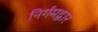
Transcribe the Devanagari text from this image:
निर्गमद्वार